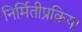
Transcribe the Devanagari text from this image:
निर्मितीप्रक्रिया